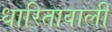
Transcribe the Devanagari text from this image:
धारितावाली